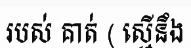
របស់ គាត់ ( ស្មើនឹង